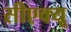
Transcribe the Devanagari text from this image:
सीएक्यू